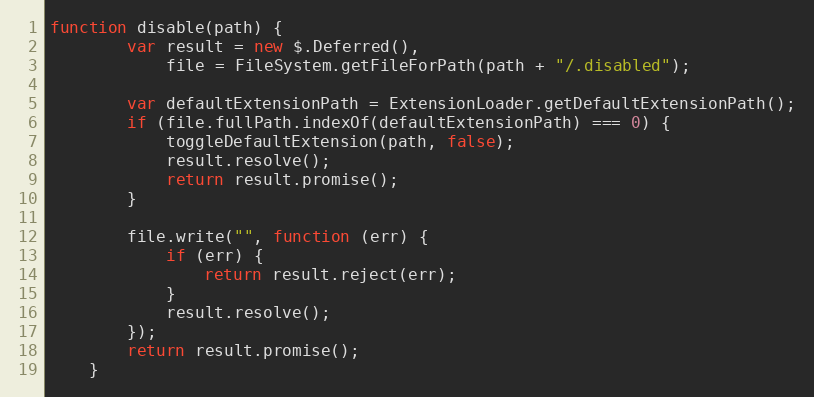
Language: JavaScript
function disable(path) {
        var result = new $.Deferred(),
            file = FileSystem.getFileForPath(path + "/.disabled");

        var defaultExtensionPath = ExtensionLoader.getDefaultExtensionPath();
        if (file.fullPath.indexOf(defaultExtensionPath) === 0) {
            toggleDefaultExtension(path, false);
            result.resolve();
            return result.promise();
        }

        file.write("", function (err) {
            if (err) {
                return result.reject(err);
            }
            result.resolve();
        });
        return result.promise();
    }